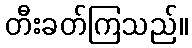
တီးခတ်ကြသည်။